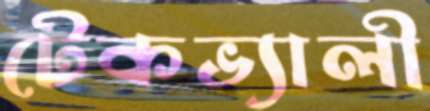
টেকভ্যালী